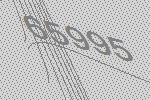
65995